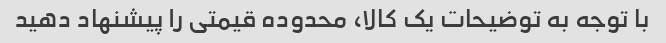
با توجه به توضیحات یک کالا، محدوده قیمتی را پیشنهاد دهید